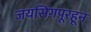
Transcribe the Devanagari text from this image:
जयसिंगपूरहून